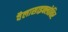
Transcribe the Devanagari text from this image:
वैलासाइक्लोविर